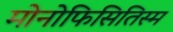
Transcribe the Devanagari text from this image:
मोनोफिसितिस्म